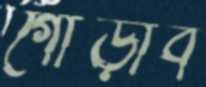
গোঁড়াব